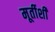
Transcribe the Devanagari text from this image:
मूर्तीशी